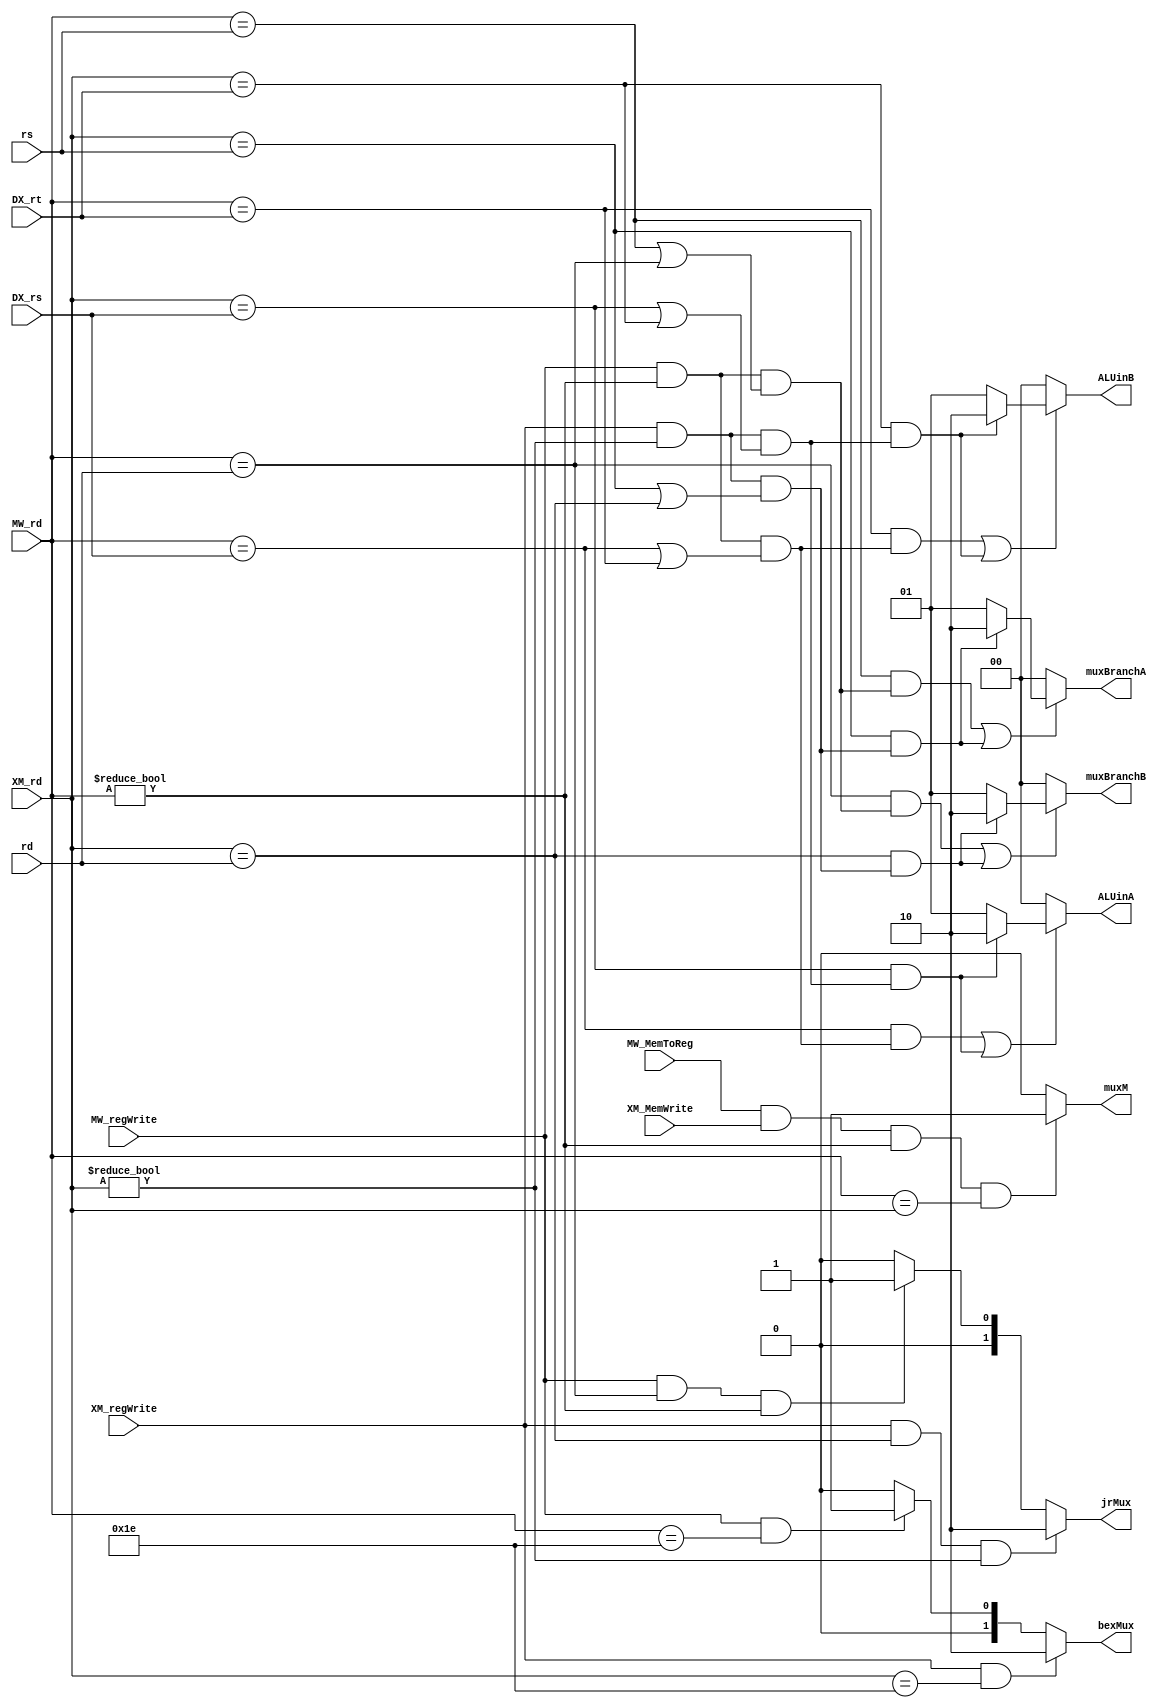
module bypassLogic(MW_regWrite, XM_regWrite, XM_MemWrite, MW_MemToReg, DX_rs, DX_rt, XM_rd, MW_rd, rs, rd,
                    ALUinA, ALUinB, muxM, muxBranchA, muxBranchB, bexMux, jrMux);

input MW_regWrite, XM_MemWrite, MW_MemToReg, XM_regWrite;
input [4:0] DX_rs, DX_rt, XM_rd, MW_rd, rs, rd; //rs and rd are from the decode stage and used for calcBranch
output [1:0] ALUinA, ALUinB,muxBranchA, muxBranchB;
output muxM;


//data hazards
wire mem1, mem2, ex1, hazard1, hazard2, hazard3, hazard4, hAm1, hAm2, hBm1, hBm2, hbm2, bp, bpB;
wire [1:0] aluinA, aluinB, bM;

or or1(hazard1, MW_rd==DX_rs, MW_rd == DX_rt);
or or2(hazard2, XM_rd==DX_rs, XM_rd == DX_rt);

and and1(mem1, MW_regWrite, MW_rd != 5'b0, hazard1); 
and and2(mem2, XM_regWrite, XM_rd != 5'b0, hazard2);
and and3(ex1, MW_MemToReg, XM_MemWrite, MW_rd != 5'b0, MW_rd==XM_rd);

and andA1(hAm1, MW_rd==DX_rs, mem1);
and andA2(hAm2, XM_rd==DX_rs, mem2);
or orA3(bp, hAm1, hAm2);

assign aluinA = hAm2 ?  2'd2 : 2'b1;
assign ALUinA = bp ?  aluinA : 2'b0;

 //second source bypassing
and andB1(hBm1, MW_rd==DX_rt, mem1);
and andB2(hBm2, XM_rd==DX_rt, mem2);
or orB3(bpB, hBm1, hBm2);

assign aluinB = hBm2 ?  2'd2 : 2'b1;
assign ALUinB = bpB ?  aluinB : 2'b0;

assign muxM = ex1 ? 1'b1 : 1'b0;

//control hazards
wire c1, c2, h1, h2, h3, h4, cc1, cc2;
wire [1:0] muxC, muxC2;
or or3(hazard3, MW_rd==rs, MW_rd == rd);
or or4(hazard4, XM_rd==rs, XM_rd == rd);

and andc1(c1, MW_regWrite, MW_rd != 5'b0, hazard3); 
and andc2(c2, XM_regWrite, XM_rd != 5'b0, hazard4);

//input rs
//01 take the reg value from MW latch
//10 ---------------         XM
and andC1(h1, MW_rd==rs, c1);
and andC2(h2, XM_rd==rs, c2);
or orC(cc1, h1, h2);
assign muxC = h2 ?  2'd2 : 2'b1;
assign muxBranchA = cc1 ? muxC : 2'b0; 
 
//input rd 
and andC3(h3, MW_rd==rd, c1);
and andC4(h4, XM_rd==rd, c2);
or orC1(cc2, h3, h4);
assign muxC2 = h4 ?  2'd2 : 2'b1;
assign muxBranchB = cc2 ? muxC2 : 2'b0; 

//bex hazard
wire b1, b2, b3, b4;
output [1:0] bexMux;
assign b1 = MW_rd==5'd30;
assign b2 = XM_rd==5'd30;
and andBex1(b3, MW_regWrite, b1);
and andBex2(b4, XM_regWrite, b2);
//assign bM = b4 ? 2'd2 : 2'b1;
//assign bexMux = b3 ? bM : 2'b0;
assign bM = b3 ? 2'd1 : 2'b0;
assign bexMux = b4 ? 2'd2 : bM;


//jr bypass --- rdmux
wire j1, j2;
output [1:0] jrMux;
wire [1:0] j3;	
and jj(j1, MW_regWrite, (MW_rd==rd), MW_rd != 5'b0);
and jjj(j2, XM_regWrite, (XM_rd==rd), XM_rd != 5'b0);

assign j3 = j1 ? 2'd1 : 2'b0;
assign jrMux = j2 ? 2'd2 : j3;

endmodule